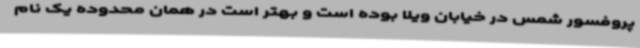
پروفسور شمس در خیابان ویلا بوده است و بهتر است در همان محدوده یک نام